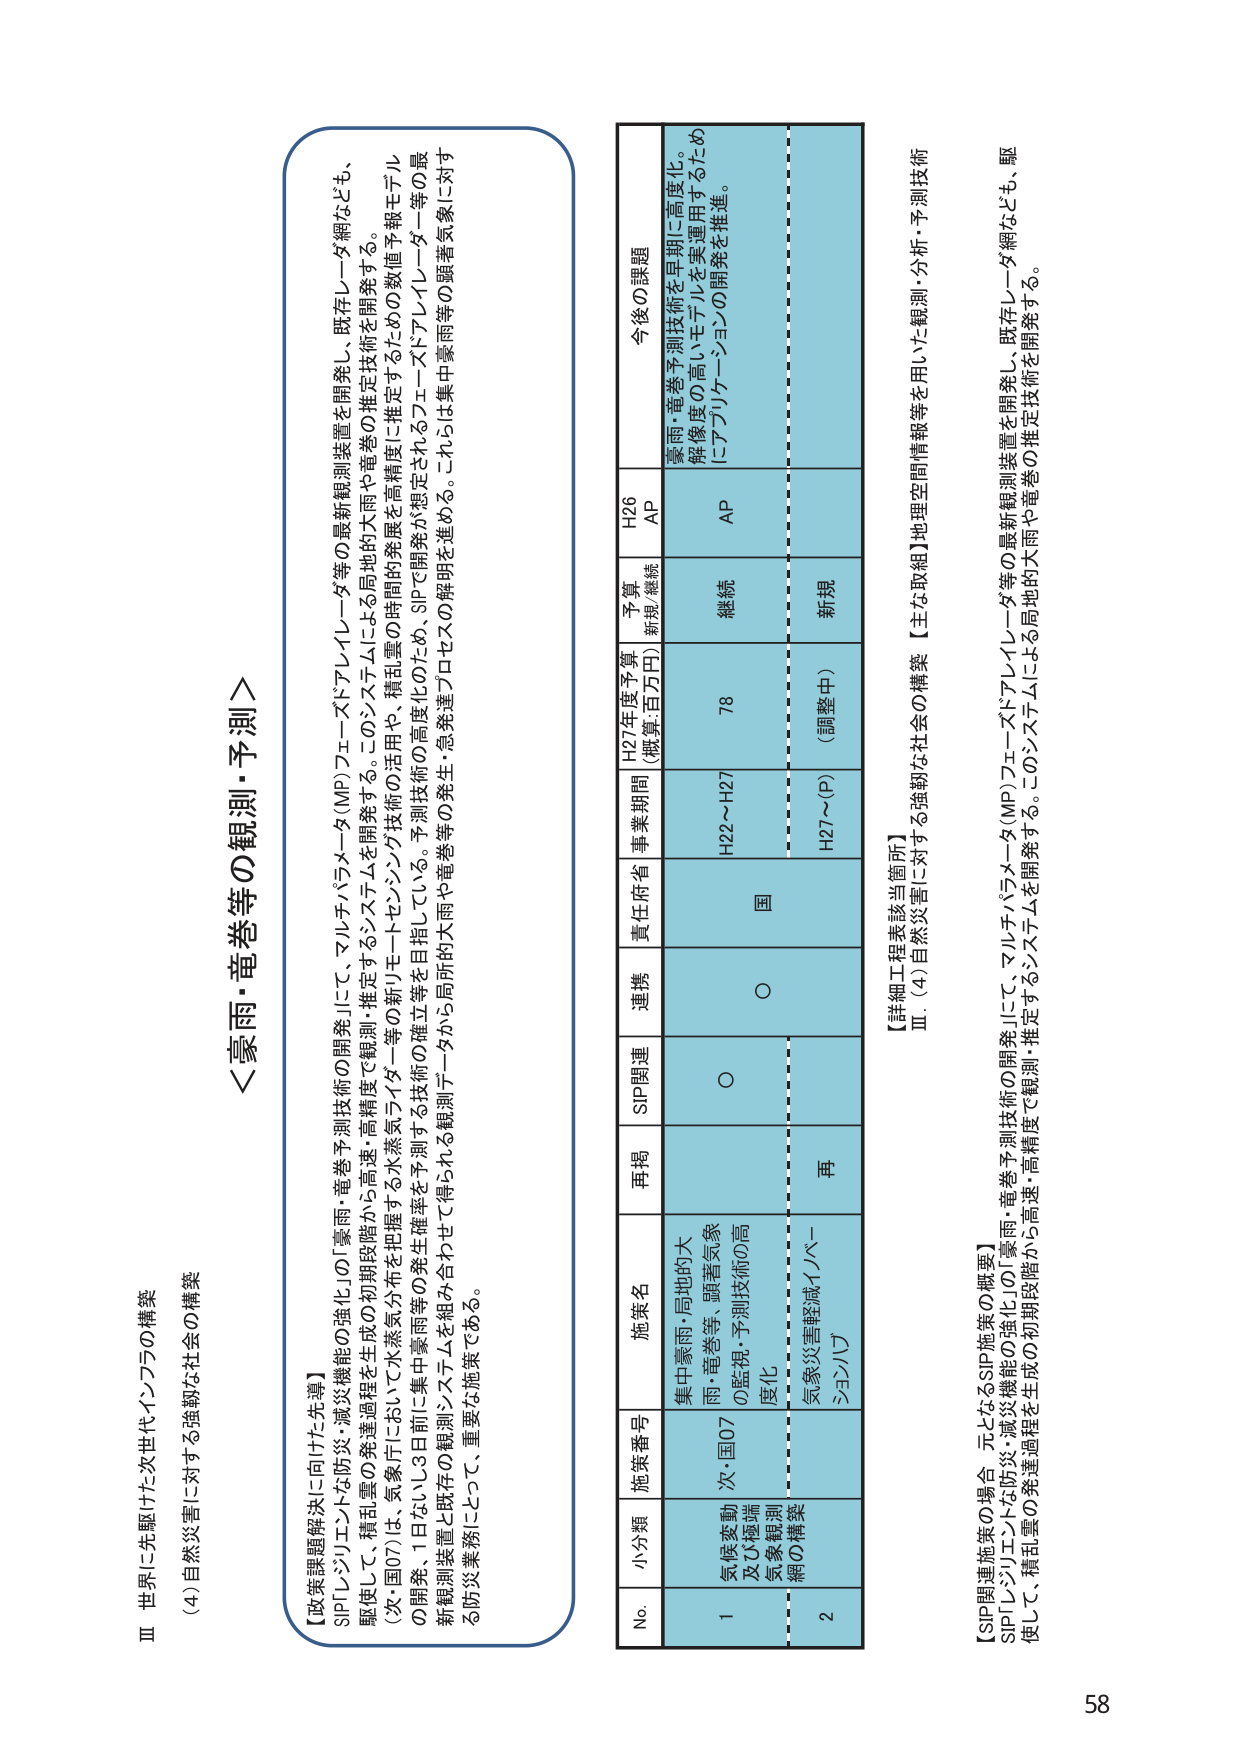
Ⅲ 世界に先駆けた次世代インフラの構築
(4) 自然災害に対する強靭な社会の構築

＜豪雨・竜巻等の観測・予測＞

【政策課題解決に向けた先導】
SIP「レジリエンスな防災・減災機能の強化」の「豪雨・竜巻予測技術の開発」にて、マルチパラメータ（MP）フェーズドアレイレーダ等の最新観測装置を開発し、既存レーダ網なども駆使して、積乱雲の発達過程を生成の初期段階から高速・高精度で観測・推定するシステムを開発する。このシステムによる局地的大雨や竜巻の推定技術を開発する。
（次・国07）は、気象庁において水蒸気分布を把握する水蒸気ライダー等の新リモートセンシング技術の活用や、積乱雲の時間的発展を高精度に推定するための数値予報モデルの開発、1日ないし3日前に集中豪雨等の発生確率を予測する技術の確立等を目指している。予測技術の高度化のため、SIPで開発が想定されるフェーズドアレイレーダー等の最新観測装置と既存の観測システムを組み合わせて得られる観測データから局所的大雨や竜巻等の発生・急発達プロセスの解明を進める。これらは集中豪雨等の顕著気象に対する防災業務にとって、重要な施策である。

No. 小分類 施策番号 施策名 再掲 SIP関連 連携 責任府省 事業期間 H27年度予算（概算:百万円） 予算（新規/継続） H26 AP 今後の課題
1 気候変動及び極端気象観測網の構築 次・国07 集中豪雨・局地的大雨・竜巻等、顕著気象の監視・予測技術の高度化 ○ ○ 国 H22～H27 78 継続 AP 豪雨・竜巻予測技術を早期に高度化。解像度の高いモデルを実運用するためにアプリケーションの開発を推進。
2 気象災害軽減イノベーション プロジェクト 再 （調整中） 新規

【詳細工程表該当箇所】
Ⅲ (4) 自然災害に対する強靭な社会の構築 【主な取組】地理空間情報等を用いた観測・分析・予測技術

【SIP関連施策の場合、元となるSIP施策の概要】
SIP「レジリエンスな防災・減災機能の強化」の「豪雨・竜巻予測技術の開発」にて、マルチパラメータ（MP）フェーズドアレイレーダ等の最新観測装置を開発し、既存レーダ網なども駆使して、積乱雲の発達過程を生成の初期段階から高速・高精度で観測・推定するシステムを開発する。このシステムによる局地的大雨や竜巻の推定技術を開発する。

58